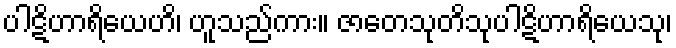
ပါဋိဟာရိယေဟိ၊ ဟူသည်ကား။ ဇာတေသုတိသုပါဋိဟာရိယေသု၊